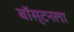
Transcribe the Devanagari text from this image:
बॉस्टनला